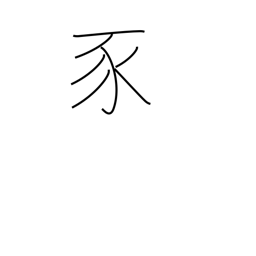
Meaning: pig radical (no. 152)